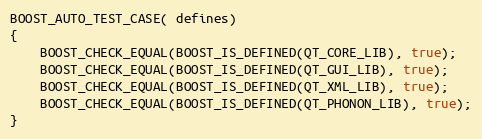
Language: C++
BOOST_AUTO_TEST_CASE( defines)
{
    BOOST_CHECK_EQUAL(BOOST_IS_DEFINED(QT_CORE_LIB), true);
    BOOST_CHECK_EQUAL(BOOST_IS_DEFINED(QT_GUI_LIB), true);
    BOOST_CHECK_EQUAL(BOOST_IS_DEFINED(QT_XML_LIB), true);
    BOOST_CHECK_EQUAL(BOOST_IS_DEFINED(QT_PHONON_LIB), true);
}